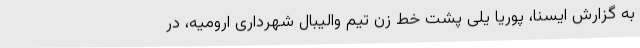
به گزارش ایسنا، پوریا یلی پشت خط زن تیم والیبال شهرداری ارومیه، در